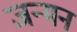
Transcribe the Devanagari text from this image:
जन्मन